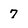
Character: 7